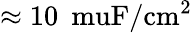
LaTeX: \approx 10\: \mathrm{\ muF/cm^{2}}